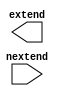
module s_extend(
    input	wire	[15:0] nextend,
    output	reg	[31:0] extend
    );

	always@ * 
	  begin
		// Replicate signed bit 16 times then cancatinate
		end

endmodule